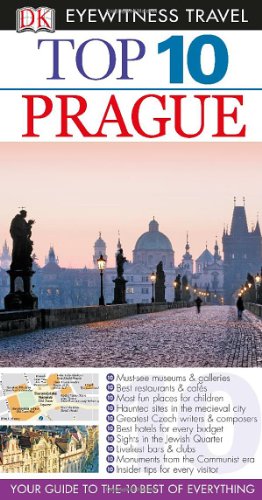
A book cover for Top 10 Prague (EYEWITNESS TOP 10 TRAVEL GUIDE); Theodore Schwinke; Travel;